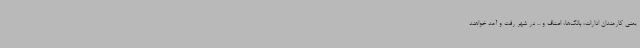
یعنی کارمندان ادارات، بانک‌ها، اصناف و ... در شهر رفت و آمد خواهند